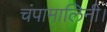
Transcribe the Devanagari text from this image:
चंपामालिनी।